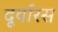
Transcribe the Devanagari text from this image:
दूर्वारस